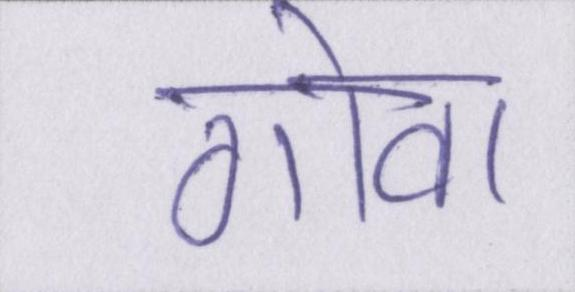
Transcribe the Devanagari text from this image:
गोवा